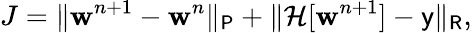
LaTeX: J=\| \mathbf{w}^{n+1}-\mathbf{w}^{n}\| _{\mathsf{{P}}}+\| \mathcal{{H}}[\mathbf{w}^{n+1}]-\mathsf{{y}}\| _{\mathsf{{R}}},